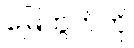
မြေကွက်ကို